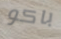
باكو